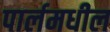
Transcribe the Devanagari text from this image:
पार्लमधील